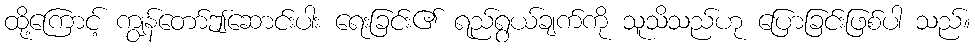
ထို့ကြောင့် ကျွန်တော်ဤဆောင်းပါး ရေးခြင်း၏ ရည်ရွယ်ချက်ကို သူသိသည်ဟု ပြောခြင်းဖြစ်ပါ သည်။